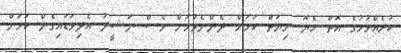
ކުރެއްވުމުގެ އޮތް ހެޔޮ ނިޔަތް ކަމަށް ދެންނެވުމަށް ވެސް ނަޝީދު އެދިވަޑައިގެން ކަމަށް